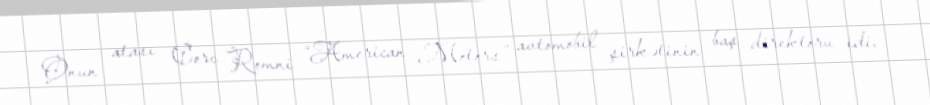
Onun atası Corc Romni “American Motors” avtomobil şirkətinin baş direktoru idi.